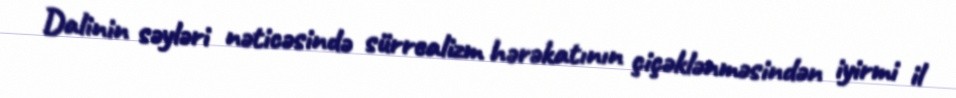
Dalinin səyləri nəticəsində sürrealizm hərəkatının çiçəklənməsindən iyirmi il